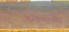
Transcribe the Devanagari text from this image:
हरीणांशी